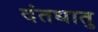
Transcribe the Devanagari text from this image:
दंतधातु